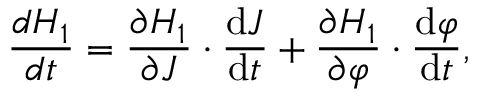
\frac { d H _ { 1 } } { d t } = \frac { \partial H _ { 1 } } { \partial \boldsymbol { J } } \cdot \frac { \mathrm { d } \boldsymbol { J } } { \mathrm { d } t } + \frac { \partial H _ { 1 } } { \partial \boldsymbol { \varphi } } \cdot \frac { \mathrm { d } \boldsymbol { \varphi } } { \mathrm { d } t } ,